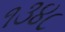
૧૩૪૮